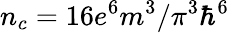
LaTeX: n_{c}=16{e^{6}}{m^{3}}/{\pi^{3}}{\hbar^{6}}